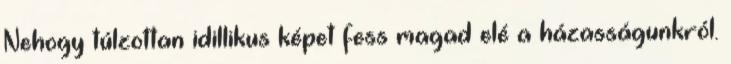
Nehogy túlzottan idillikus képet fess magad elé a házasságunkról.